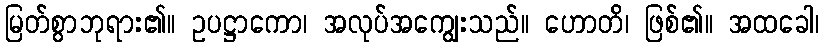
မြတ်စွာဘုရား၏။ ဥပဋ္ဌာကော၊ အလုပ်အကျွေးသည်။ ဟောတိ၊ ဖြစ်၏။ အထခေါ၊